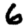
Digit: 6